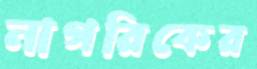
নাগরিকের